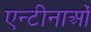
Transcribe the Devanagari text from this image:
एन्टीनाओं